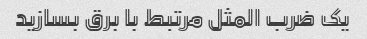
یک ضرب المثل مرتبط با برق بسازید